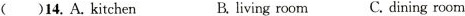
()14.A. Kitchen B.living room C.dining room